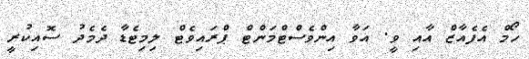
ހޯމް އެފެއާޒް އާއި ވީ. އަވާ އިންވެސްޓްމަންޓް ޕްރައިވެޓް ލިމިޓެޑާ ދެމެދު ސޮއިކުރީ